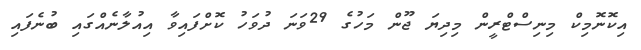
އިކޮނޮމިކް މިނިސްޓްރީން މިދިޔަ ޖޫން މަހުގެ 29ވަނަ ދުވަހު ކޮށްފައިވާ އިއުލާނެއްގައި ބުނެފައި